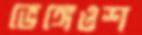
ভেঙ্গেওশ